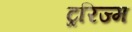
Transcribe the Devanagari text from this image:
ट्ररिज्म